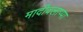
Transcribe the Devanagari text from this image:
मादीवलाप्पा